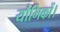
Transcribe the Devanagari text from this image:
यौगिकों।